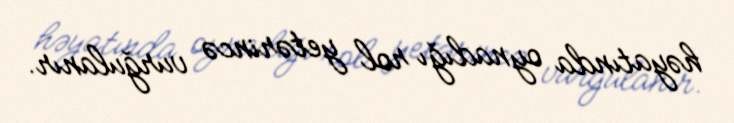
həyatında oynadığı rol yetərincə vurğulanır.